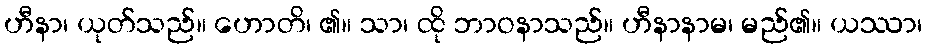
ဟီနာ၊ ယုတ်သည်။ ဟောတိ၊ ၏။ သာ၊ ထို ဘာဝနာသည်။ ဟီနာနာမ၊ မည်၏။ ယဿာ၊